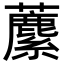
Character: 𧃧